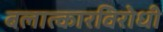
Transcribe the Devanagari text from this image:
बलात्कारविरोधी